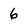
Character: 6